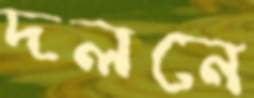
দলনে